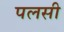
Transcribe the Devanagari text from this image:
पलसी